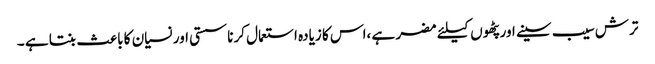
ترش سیب سینے اور پٹھوں کیلئے مضر ہے ،اس کا زیادہ استعمال کرنا سستی اور نسیان کا باعث بنتا ہے ۔